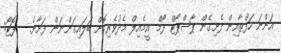
އަންނަ ހަފްތާއިން ފެށިގެން ޕާސްޕޯޓް ފޯމް އީމެއިލް މެދުވެރިކޮށް ބަލައިގަންނަން ފަށާނެ.-- ފޮޓޯ: